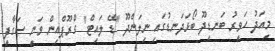
މިއަދު ހަވީރު ބަނޑިދޫ ބޯޅަދަނޑުގައި ނިލަންދޫ "ޑޭ ލައިޓް" ގްރޫޕްއިން ވަނީ ސަގާފީ